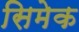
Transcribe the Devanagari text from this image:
सिमेक